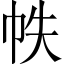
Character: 帙